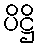
ပိဋ္ဌိ